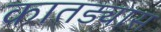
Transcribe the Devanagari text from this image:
कातड्यास